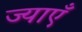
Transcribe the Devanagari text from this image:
ज्याएँ